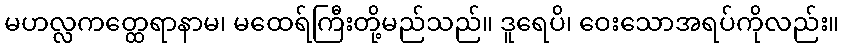
မဟလ္လကတ္ထေရာနာမ၊ မထေရ်ကြီးတို့မည်သည်။ ဒူရေပိ၊ ဝေးသောအရပ်ကိုလည်း။